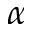
\alpha